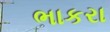
ભાકરા